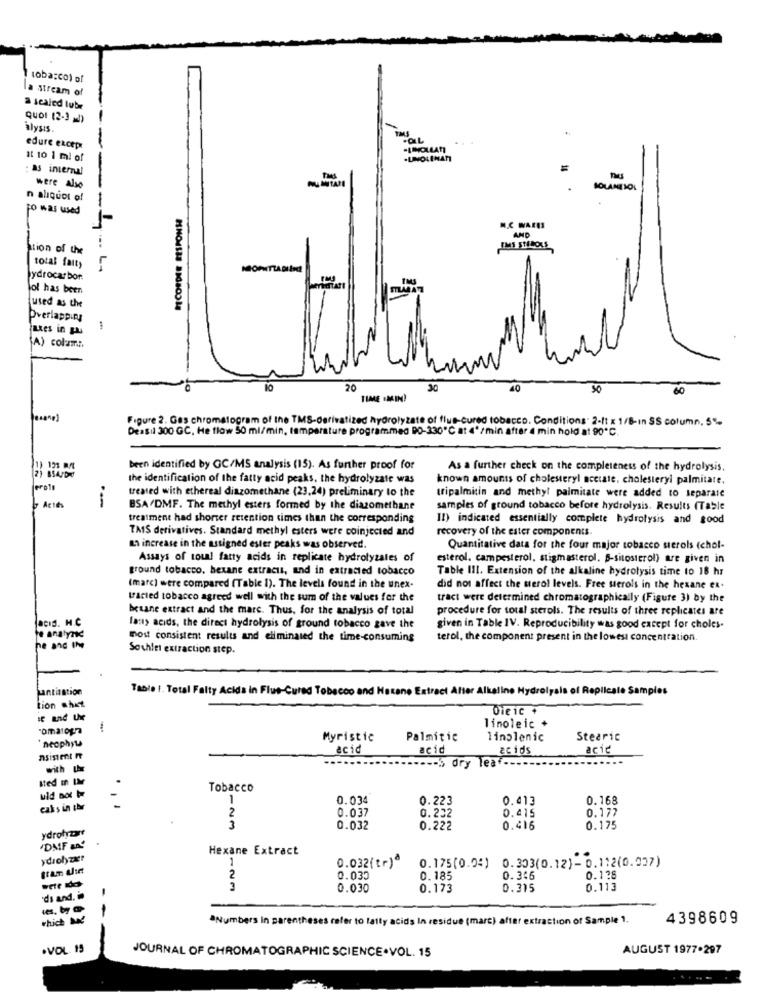
tobacco) of
a stream of
a sealed tube
QUOI (2-3 -1)
alysis.
edure except
-LINOLLATT
it to 1 ml of
-LINOLENATT
as internal
HU ANTAMI
were Also
SOLANETOL
n aliquot of
Fo was used
M.C WALIS
AND
---
tion of the
IMS STEROLS
total fait,
L-
ydrocarbor.
fol has been
used as the
Overlapping
ates in pu
A) colum.
20
30
00
TIME IMIN)
Figure 2. Gas chromatogram of the TMS-derivatized hydrolyzate of flus-cured tobacco. Conditions" 2-It x 1/8-ın SS column. 5"-
Deasil 300 GC, He flow 50 ml/min, temperature programmed DO-330℃ at 4'/min after 4 min hold at 90º℃.
11 121 MM
been identified by GC/MS analysis (15). As further proof for
As a further check on the completeness of the hydrolysis.
2) 854/b
the identification of the fatty acid peaks. the hydrolyzate was
known amounts of cholesteryl acetate. cholesteryl palmitate,
treated with ethereal diazomethane (23,24) preliminary to the
tripalmitin and methy! palmitate were added to separate
Actes
BSA DMF. The methyl esters formed by the diazomethane
samples of ground tobacco before hydrolysis. Results (Table
treatment had shorter retention times than the corresponding
Il) indicated essentially complete hydrolysis and good
TAS derivatives. Standard methyl esters were coinjected and
recovery of the ester components.
m increase in the assigned ester peaks was observed.
Quantitative data for the four major tobacco sterols (chol-
Assays of toul fatty acids in replicate hydrolytales of
esterol. campesterol, stigmasterol. B-sitosterol) are given in
ground tobacco, hexane extracts, and in extracted tobacco
Table III. Extension of the alkaline hydrolysis time to 18 hr
(marc) were compared (Table 1). The levels found in the unex.
did not affect the sterol levels. Free sterols in the hexane ex-
tracted tobacco agreed well with the sum of the values for the
tract were determined chromatographically (Figure 3) by the
besane extract and the marc. Thus, for the analysis of total
procedure for total sterols. The results of three replicates are
aCIS. H.C
last> acids, the direct hydrolysis of ground tobacco gave the
given in Table IV. Reproducibility was good except for choles.
'e analynd
most consistent results and eliminated the time-consuming
terol, the component present in the lowest concentration.
he and the
Souhlet extraction step.
antitation
Table 1. Total Falty Acida in Flue-Cured Tobacco and Hatano Extract After Alkaline Hydrolysis of Repilcale Samples
tion chict
Die ic +
romatoga
linoleic +
neophyte
Myristic
Palmitic
linolenic
Stearic
acid
acid
acids
acic
Asistent ft
.--, dry leaf -.
with -
sted in Le
Tobacco
uld not b
1
0.034
0.223
0.413
0.168
cakes in thr
2
0.037
0.415
0.177
0.232
ydrotyzare
3
0.032
0.222
0.416
0.175
DMF BA
Hexane Extract
ydrolyze?
1
0.032(tr)*
tram diet
0.175(0.04) 0.303(0.12)- 0.112(0.037)
sete idos
2
0.030
0.185
0.346
0.198
-
3
0.030
0.173
0.315
0.113
'di and.
which Me
ªNumbers in parentheses refer to fatty acids In residue (marc) after extraction of Sample 1.
4398609
.VOL. 15
JOURNAL OF CHROMATOGRAPHIC SCIENCE.VOL. 15
AUGUST 1977.297